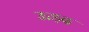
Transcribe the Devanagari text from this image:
ऊड़द